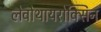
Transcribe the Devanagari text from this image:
लेवोथायरोक्सिन